Janeda_(Ambla)_vallavalitsus, lk 58
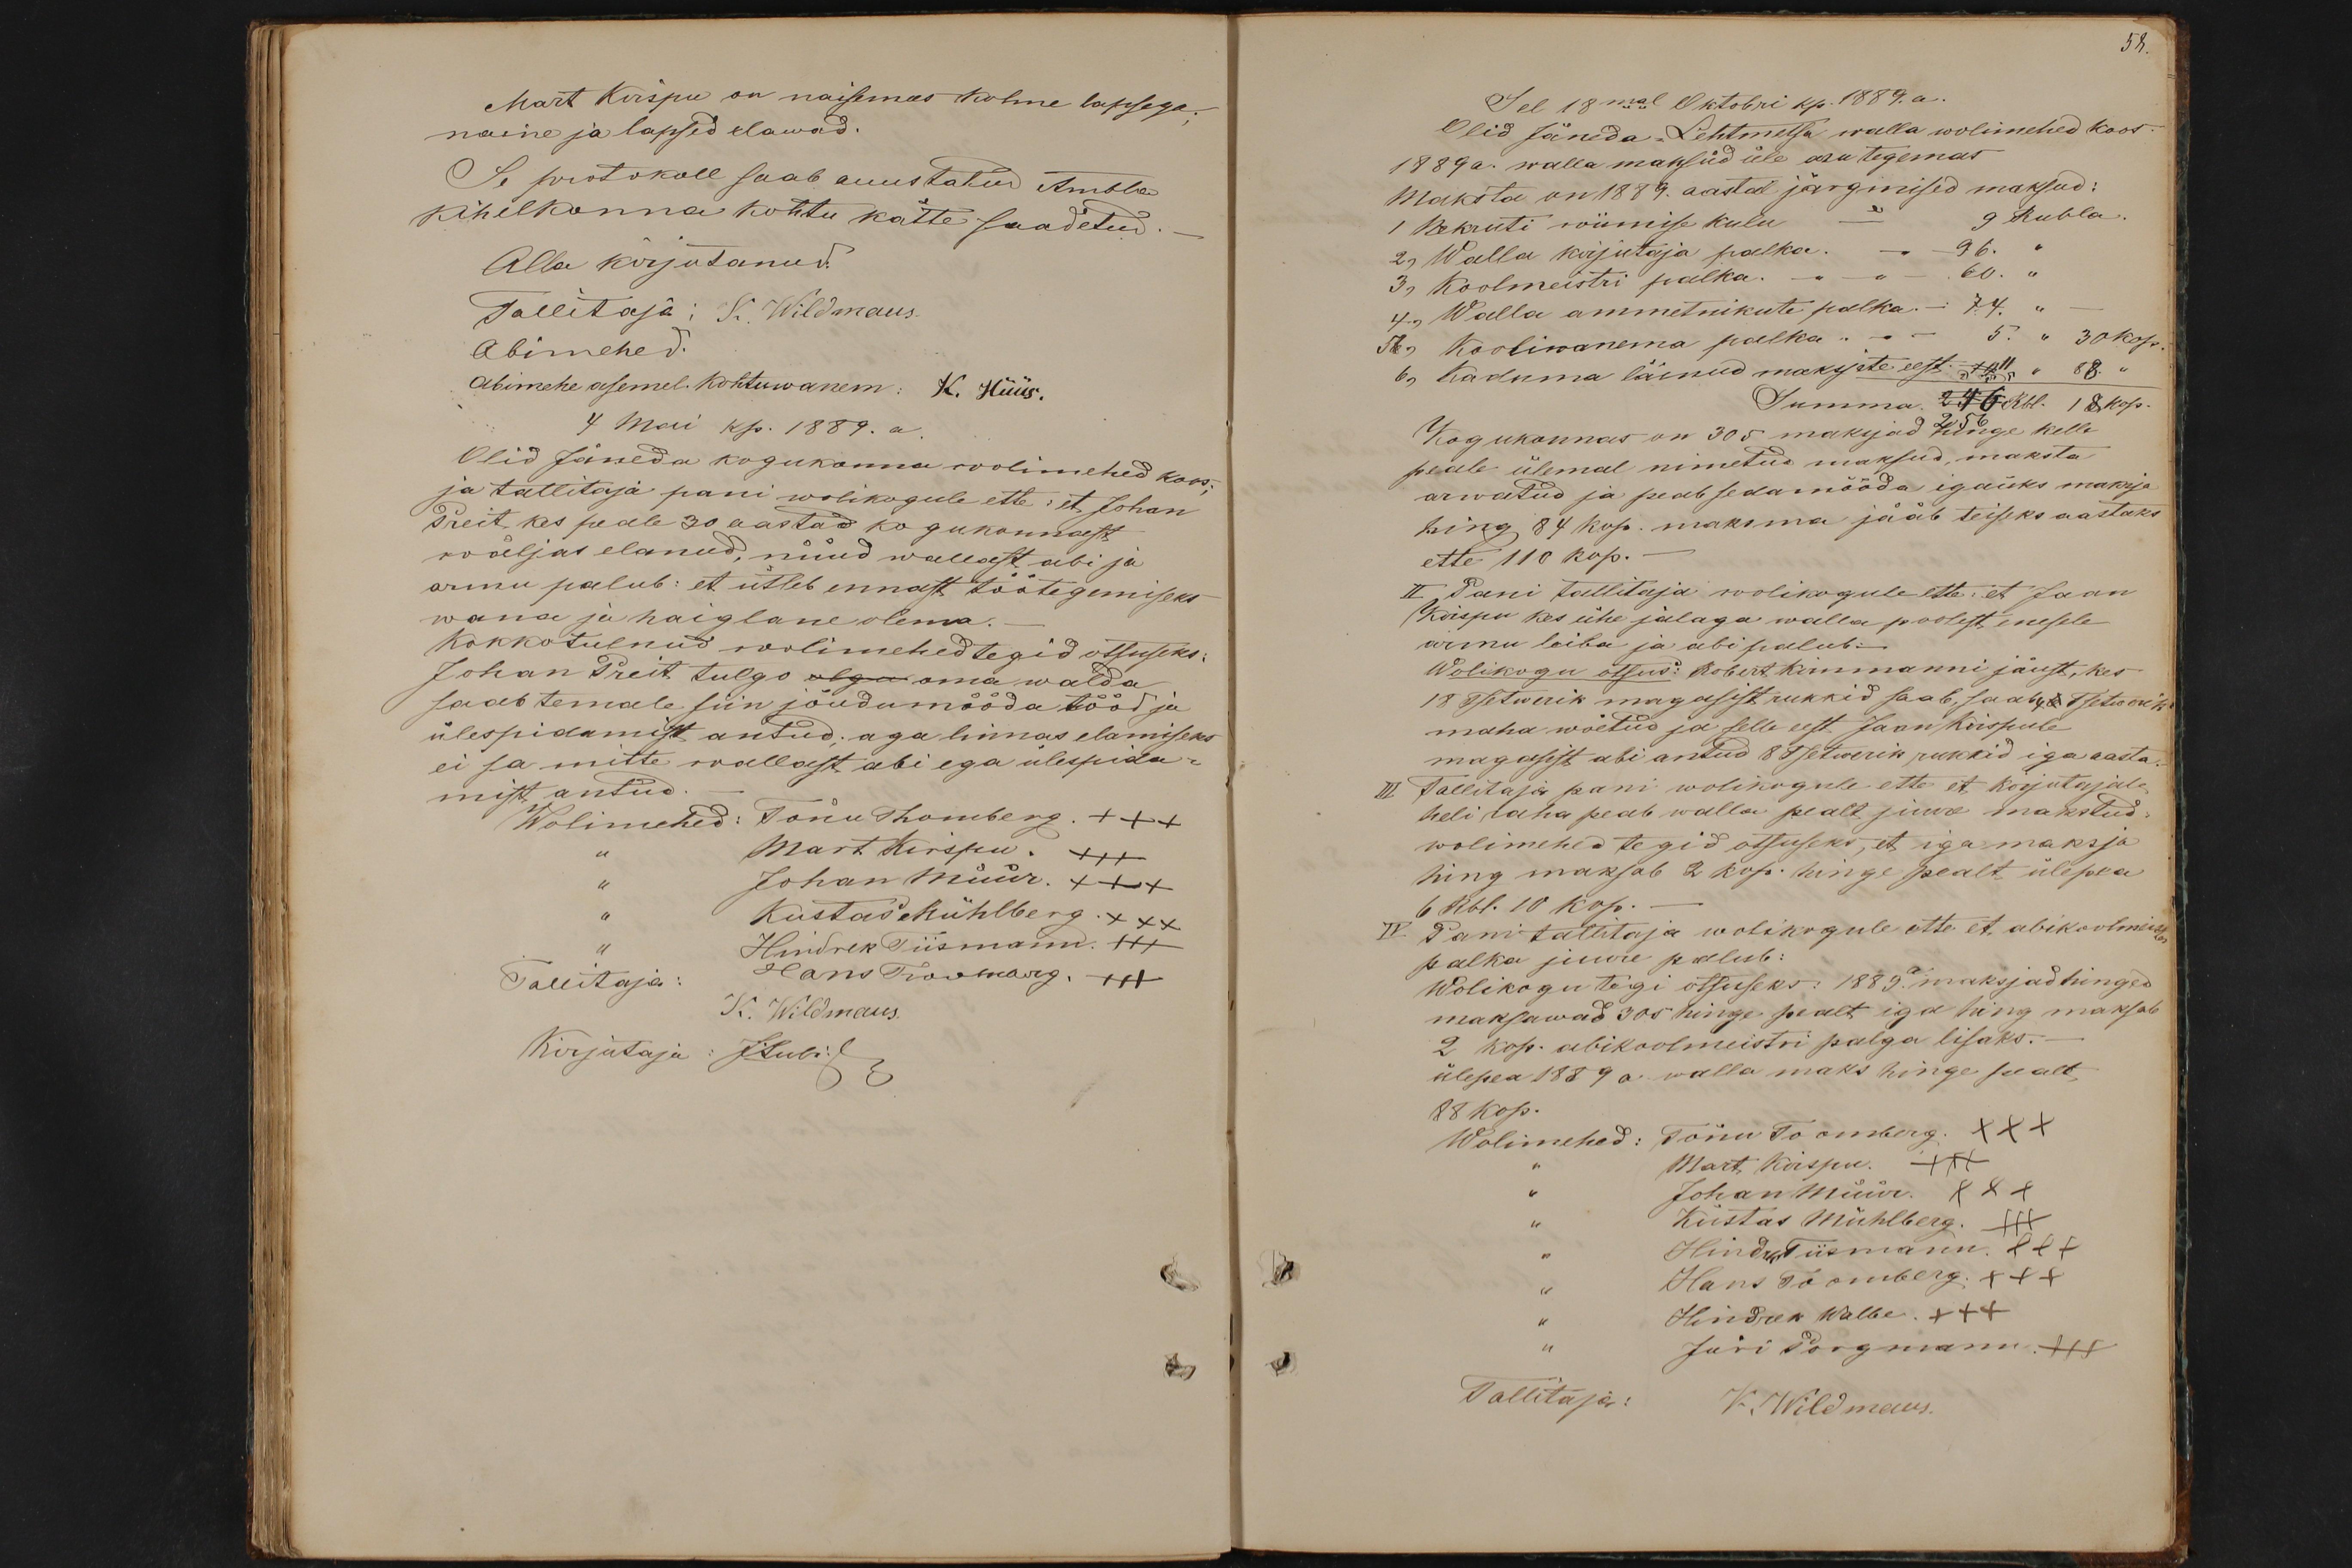
Mart Kirspu on naisemees kolme lapsega;
naine ja lapsed elawad.
Se protokoll saab auustatud Ambla
kihelkonna kohtu kätte saadetud.
Alla kirjutanud:
Tallitaja: K. Wildmaus
Abimehed.
Abimehe asemel. Kohtuwanem: K. Hüüs.
4 Mai kp. 1889. a
Olid Jäneda kogukonna wolimehed koos
ja tallitaja pani wolikogule ette: et Johan
Preit, kes peale 30 aastad kogukonnast
wäljas elanud, nüüd wallast abi ja
armu palub: et ütleb ennast töötegemiseks
wana ja haiglane olema.
Kokkotulnud wolimehed tegid otsuseks:
Johan Preit tulgo olgu oma walda
saab temale siin jõudumööda tööd ja
ülespidamist antud; aga linnas elamiseks
ei sa mitte wallast abi ega ülespida-
mist antud.
Wolimehed: Tõnu Thomberg. +++
Mart Kirspu. +++
" Johan Müür. +++
" Kustas Mühlberg XXX
Hindrik Tiismann. +++
Hans Toomberg. +++
Tallitaja: K. Wildmaus.
Kirjutaja: J.Lubi.

58.
Sel 18mal Oktobri kp. 1889. a.
Olid Jäneda-Lehtmetsa walla wolimehed koos
1889 a. walla maksud üle aru tegemas
Maksta on 1889. aastal järgmised maksud:
1 Nekruti wiimise kulu - 9 Rubla
2, Walla kirjutaja palka. -" - 96. "
3, Koolmeistri palka. -" - 60. "
4, Walla ammetnikute palka. - 74.
5 6, Kooliwanema palka " - - 5 " 30 kop.
6, Kaduma läinud maksjate eest 10 11 " 88. "
Summa 246 Rbl. 18 kop.
256
Kogukonnas on 305 maksjad hinge kelle
peale ülemal nimetud maksud, maksta
arwatud ja peab sedamööda igaüks maksja
hing 84 kop. maksma jääb teiseks aastaks
ette 110 kop.
II Pani tallitaja wolikogule ette: et Jaan
Kirspu kes ühe jalaga walla poolest enesele
armu leiba ja abi palub -
Wolikogu otsus: Robert Kirnmanni jäust, kes
18 Tsetwerik magasist rukkid saab, saab 4 6 Tsetwerik
maha wõetud ja selle eest Jaan Kirspule
magasist abi antud 8 Tsetwerik rukkid iga aasta
III Tallitaja pani wolikogule ette et kirjutajale
neli raha peab walla pealt juure makstud.
wolimehed tegid otsuseks, et iga maksja
hing maksab 2 kop. hinge pealt ülepea
6 Rbl. 10 kop.
IV. Pani tallitaja wolikogule ette et abikoolmeister
palka juure palub:
Wolikogu tegi otsuseks: 1889. a maksjad hinged
maksawad 305 hinge pealt iga hing maksab
2 kop. abikoolmeistri palga lisaks. -
ülepea 1889 a. walla maks hinge pealt
88 kop.
Wolimehed: Tõnu Toomberg XXX
Mart Kirspu. +++
Johan Müür XXX
Kustas Mühlberg XXX
Hindrek Tiismann +++
Hans Toomberg. +++
Hindrik Walbe. +++
Jüri Porgmann. +++
Tallitaja: K. Wildmaus.